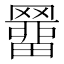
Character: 羀